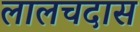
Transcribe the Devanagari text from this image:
लालचदास